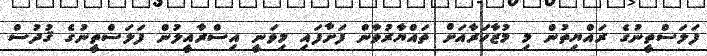
ފަލަސްތީނުގެ ރައްޔިތުން މި މުޒާހަރާއަށް ތައްޔާރުވާން ފަށާފައި މިވަނީ އިސްރާއީލުން ފަލަސްތީނުގެ ޤުދުސް